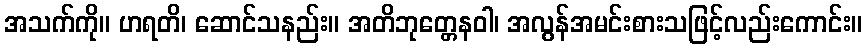
အသက်ကို။ ဟရတိ၊ ဆောင်သနည်း။ အတိဘုတ္တေနဝါ၊ အလွန်အမင်းစားသဖြင့်လည်းကောင်း။